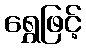
ရွှေဖြင့်